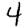
Digit: 4